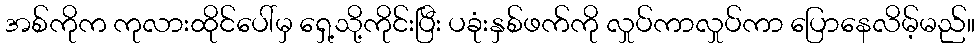
အစ်ကိုက ကုလားထိုင်ပေါ်မှ ရှေ့သို့ကိုင်းပြီး ပခုံးနှစ်ဖက်ကို လှုပ်ကာလှုပ်ကာ ပြောနေလိမ့်မည်။